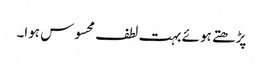
پڑھتے ہوئے بہت لطف محسوس ہوا۔